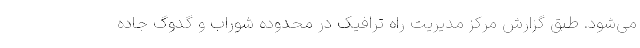
می‌شود. طبق گزارش مرکز مدیریت راه ترافیک در محدوده شوراب و گدوگ جاده